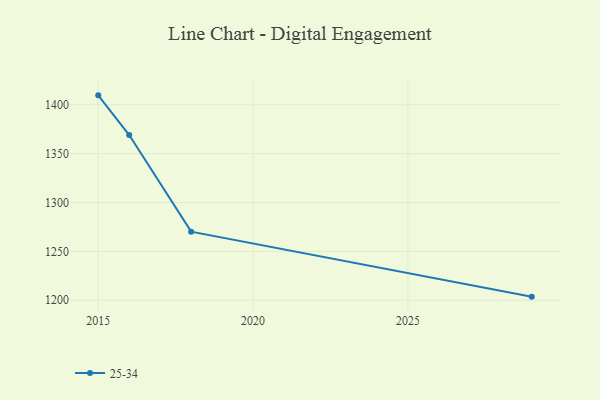
{"axis": {"x": "Year", "y": "Waste Production (Tons)"}, "legend": ["25-34"], "data": [{"x": "2015", "y": 1409.6, "type": "25-34"}, {"x": "2016", "y": 1369.0, "type": "25-34"}, {"x": "2018", "y": 1270.2, "type": "25-34"}, {"x": "2029", "y": 1203.7, "type": "25-34"}]}